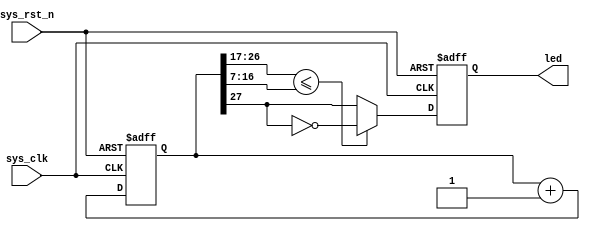
module breath_led1 (
  input               sys_clk,
  input               sys_rst_n,
  output              led
);
  reg        [27:0]   clkArea_counter;
  reg                 clkArea_pwmOutput;
  wire                when_BreathLED_l28;

  assign when_BreathLED_l28 = (clkArea_counter[26 : 17] <= clkArea_counter[16 : 7]);
  assign led = clkArea_pwmOutput;
  always @(posedge sys_clk or negedge sys_rst_n) begin
    if(!sys_rst_n) begin
      clkArea_counter <= 28'h0;
      clkArea_pwmOutput <= 1'b0;
    end else begin
      clkArea_counter <= (clkArea_counter + 28'h0000001);
      if(when_BreathLED_l28) begin
        clkArea_pwmOutput <= (! clkArea_counter[27]);
      end else begin
        clkArea_pwmOutput <= clkArea_counter[27];
      end
    end
  end


endmodule